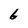
Character: 6